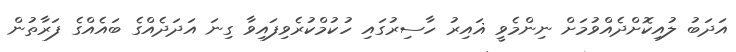
އަދަބު ލުއިކޮށްދެއްވުމަށް ނިންމެވީ ޣައިރު ހާސިރުގައި ހުކުމްކުރެވިފައިވާ ގިނަ އަދަދެއްގެ ބައެއްގެ ފަރާތުން